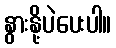
နွားနို့ပဲပေးပါ။